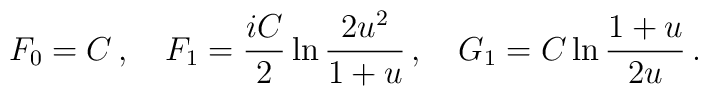
F_0 = C\,,\quad   F_1 = \frac{iC}2\ln\frac{2u^2}{1+u}\,,\quad   G_1 = C\ln\frac{1+u}{2u}\,.